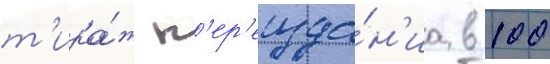
т'ира́ж п'ер'еизда́н'иа в 100